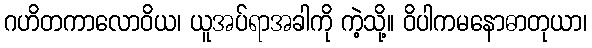
ဂဟိတကာလောဝိယ၊ ယူအပ်ရာအခါကို ကဲ့သို့။ ဝိပါကမနောဓာတုယာ၊